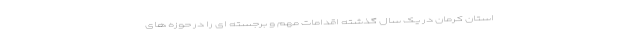
استان کرمان در یک سال گذشته اقدامات مهم و برجسته ای را در حوزه های